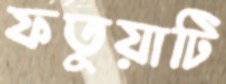
ফতুয়াটি